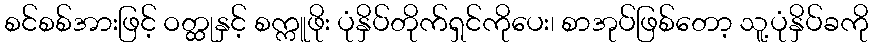
စင်စစ်အားဖြင့် ဝတ္ထုနှင့် စက္ကူဖိုး ပုံနှိပ်တိုက်ရှင်ကိုပေး၊ စာအုပ်ဖြစ်တော့ သူ့ပုံနှိပ်ခကို